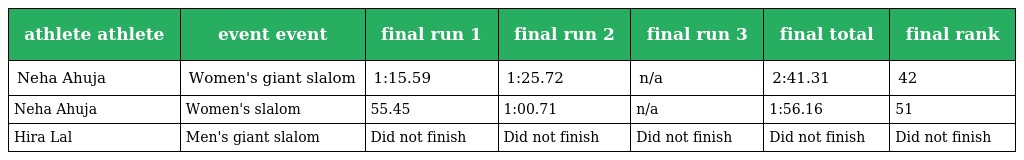
| athlete athlete | event event | final run 1 | final run 2 | final run 3 | final total | final rank |
 | --- | --- | --- | --- | --- | --- | --- |
 | Neha Ahuja | Women's giant slalom | 1:15.59 | 1:25.72 | n/a | 2:41.31 | 42 |
 | Neha Ahuja | Women's slalom | 55.45 | 1:00.71 | n/a | 1:56.16 | 51 |
 | Hira Lal | Men's giant slalom | Did not finish | Did not finish | Did not finish | Did not finish | Did not finish |